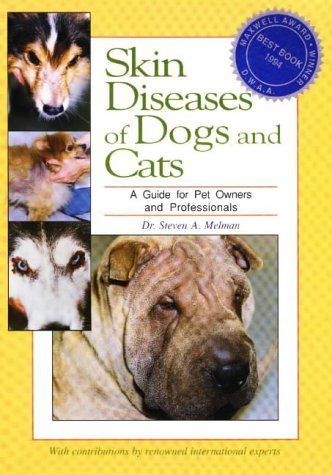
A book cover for Skin Diseases of Dogs and Cats: A Guide for Pet Owners and Professionals; Steven A. Melman; Medical Books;